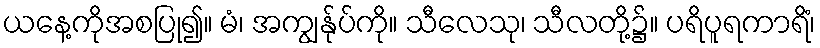
ယနေ့ကိုအစပြု၍။ မံ၊ အကျွန်ုပ်ကို။ သီလေသု၊ သီလတို့၌။ ပရိပူရကာရိံ၊